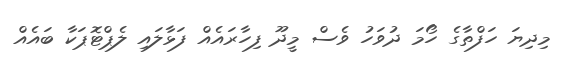
މިދިޔަ ހަފްތާގެ ހޯމަ ދުވަހު ވެސް މީދޫ ފިހާރައެއް ފަޅާލައި ލެޕްޓޮޕަކާ ބައެއް